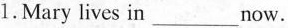
1.Mary lives in_ now.